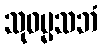
သုဓမ္မသဘံ